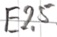
Text: E2.5